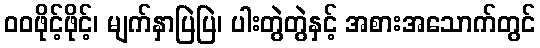
ဝဝဖိုင့်ဖိုင့်၊ မျက်နှာပြဲပြဲ၊ ပါးတွဲတွဲနှင့် အစားအသောက်တွင်